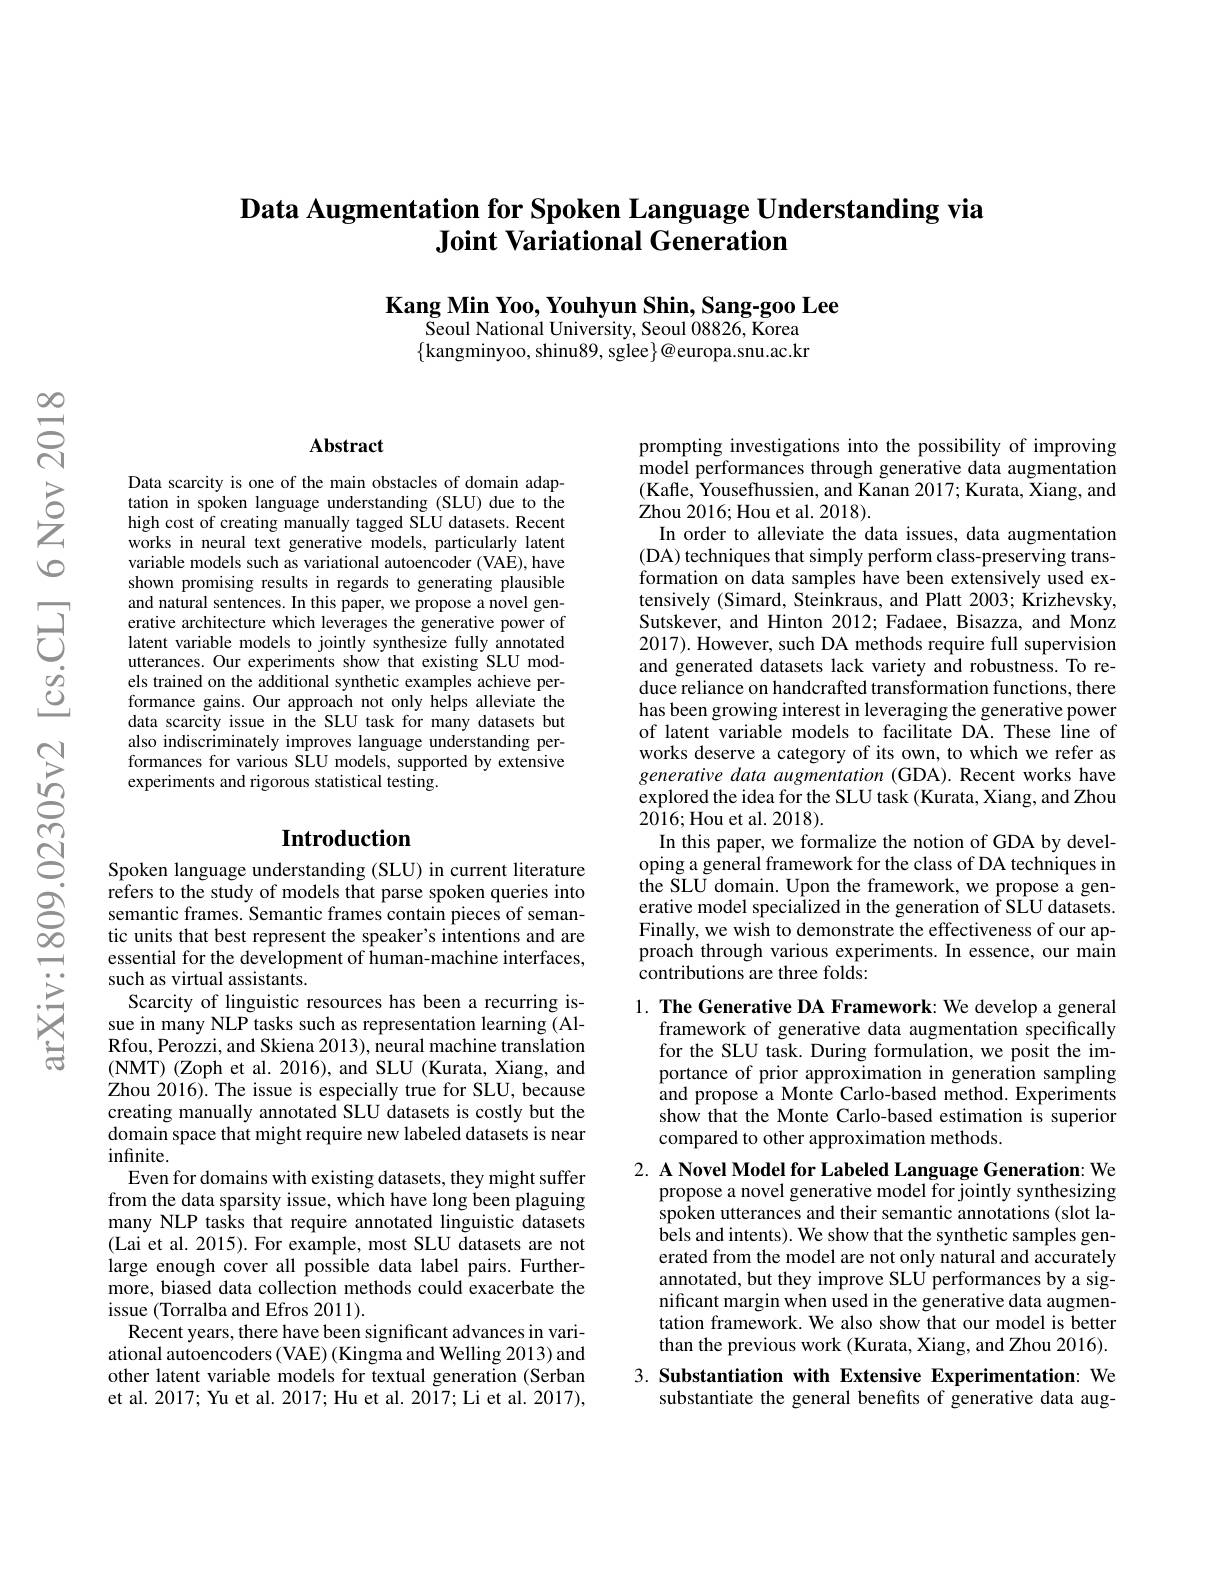
# Data Augmentation for Spoken Language Understanding via Joint Variational Generation

$\textbf{Kang Min Yoo, Youhyun Shin, Sang- goo Lee}$
${\overset{.}{\operatorname*{Seoul}}}$National University, Seoul $08826,{\overset{.}{\mathrm{Korea}}}$ $\{$kangminyoo, shinu89,sglee$\}@$europa.snu.ac.kr

$స్సి$

### $\mathbf{Abstract}$

Data scarcity is one of the main obstacles of domain adaptation in spoken language understanding (SLU) due to the high cost of creating manually tagged SLU datasets. Recent works in neural text generative models, particularly latent variable models such as variational autoencoder (VAE), have shown promising results in regards to generating plausible and natural sentences. In this paper, we propose a novel generative architecture which leverages the generative power of latent variable models to jointly synthesize fully annotated utterances. Our experiments show that existing SLU models trained on the additional synthetic examples achieve performance gains. Our approach not only helps alleviate the data scarcity issue in the SLU task for many datasets but also indiscriminately improves language understanding performances for various SLU models, supported by extensive experiments and rigorous statistical testing.

## $\textbf{Introduction}$

Spoken language understanding (SLU) in current literature refers to the study of models that parse spoken queries into semantic frames. Semantic frames contain pieces of semantic units that best represent the speaker's intentions and are essential for the development of human-machine interfaces, such as virtual assistants.
Scarcity of linguistic resources has been a recurring issue in many NLP tasks such as representation learning (AlRfou, Perozzi, and Skiena 2013), neural machine translation (NMT) (Zoph et al. 2016), and SLU (Kurata, Xiang, and Zhou 2016).The issue is especially true for SLU, because creating manually annotated SLU datasets is costly but the domain space that might require new labeled datasets is near $infinite.$
Even for domains with existing datasets, they might suffer from the data sparsity issue, which have long been plaguing many NLP tasks that require annotated linguistic datasets (Lai et al. 2015). For example, most SLU datasets are not large enough cover all possible data label pairs. Furthermore, biased data collection methods could exacerbate the issue (Torralba and Efros 2011).
Recent years, there have been significant advances in variational autoencoders (VAE) (Kingma and Welling 2013) and other latent variable models for textual generation (Serban et al. 2017; Yu et al. 2017; Hu et al. 2017; Li et al. 2017),

prompting investigations into the possibility of improving model performances through generative data augmentation (Kafle, Yousefhussien, and Kanan 2017; Kurata, Xiang, and Zhou 2016; Hou et al. 2018).
In order to alleviate the data issues, data augmentation (DA) techniques that simply perform class-preserving transformation on data samples have been extensively used extensively (Simard, Steinkraus, and Platt 2003; Krizhevsky, Sutskever, and Hinton 2012; Fadaee, Bisazza, and Monz 2017). However, such DA methods require full supervision and generated datasets lack variety and robustness. To reduce reliance on handcrafted transformation functions, there has been growing interest in leveraging the generative power of latent variable models to facilitate DA. These line of works deserve a category of its own, to which we refer as generative data augmentation (GDA). Recent works have explored the idea for the SLU task (Kurata, Xiang, and Zhou 2016;Hou et al. 2018).
In this paper, we formalize the notion of GDA by developing a general framework for the class of DA techniques in the SLU domain. Upon the framework, we propose a generative model specialized in the generation of SLU datasets. Finally, we wish to demonstrate the effectiveness of our approach through various experiments.In essence, our main contributions are three folds:
1. The Generative DA Framework: We develop a general

framework of generative data augmentation specifically for the SLU task. During formulation, we posit the importance of prior approximation in generation sampling and propose a Monte Carlo-based method. Experiments show that the Monte Carlo-based estimation is superior compared to other approximation methods.

2. A Novel Model for Labeled Language Generation: We
propose a novel generative model for jointly synthesizing spoken utterances and their semantic annotations (slot la- $\hat{\text{bels and intents). We show that the synthetic samples gen-}}$ erated from the model are not only natural and accurately annotated, but they improve SLU performances by a significant margin when used in the generative data augmentation framework. We also show that our model is better than the previous work (Kurata, Xiang, and Zhou 2016).

## 3. Substantiation with Extensive Experimentation: We substantiate the general benefits of generative data aug-